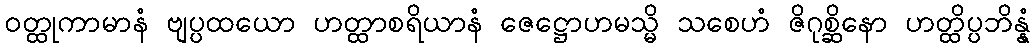
ဝတ္ထုကာမာနံ ဗျပ္ပထယော ဟတ္ထာစရိယာနံ ဇေဋ္ဌောဟမသ္မိ သစေဟံ ဇိဂုစ္ဆိနော ဟတ္ထိပ္ပဘိန္နံ